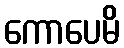
ကောပေမိ